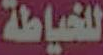
للخياطة